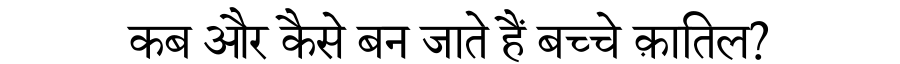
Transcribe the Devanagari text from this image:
कब और कैसे बन जाते हैं बच्चे क़ातिल?